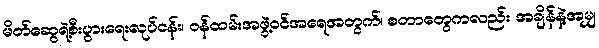
မိတ်ဆွေရဲ့စီးပွားရေးလုပ်ငန်း၊ ဝန်ထမ်းအဖွဲ့ဝင်အရေအတွက်၊ စတာတွေကလည်း အချိန်နဲ့အမျှ